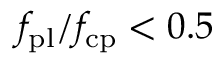
f _ { \mathrm { p l } } / f _ { \mathrm { c p } } < 0 . 5